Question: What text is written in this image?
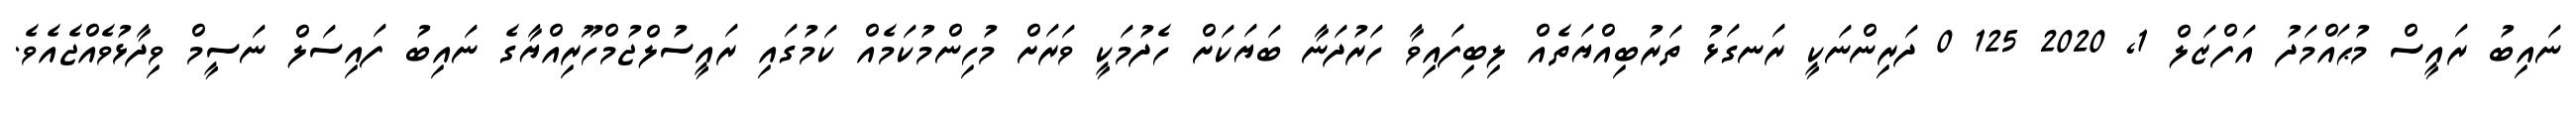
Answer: ނައިބު ރައީސް މުޙައްމަދު އަފްޒަލް 1, 2020 125 0 ދަރިންނަކީ ރަނގަޅު ތަރުބިއްޔަތެއް ލިބިފައިވާ ހަރުދަނާ ބަޔަކަށް ހެދުމަކީ ވަރަށް މުހިންމުކަމެއް ކަމުގައި ރައީސުލްޖުމްހޫރިއްޔާގެ ނައިބު ފައިސަލް ނަސީމް ވިދާޅުވެއްޖެއެވެ.